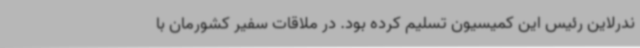
ندرلاین رئیس این کمیسیون تسلیم کرده بود. در ملاقات سفیر کشورمان با